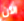
الآن